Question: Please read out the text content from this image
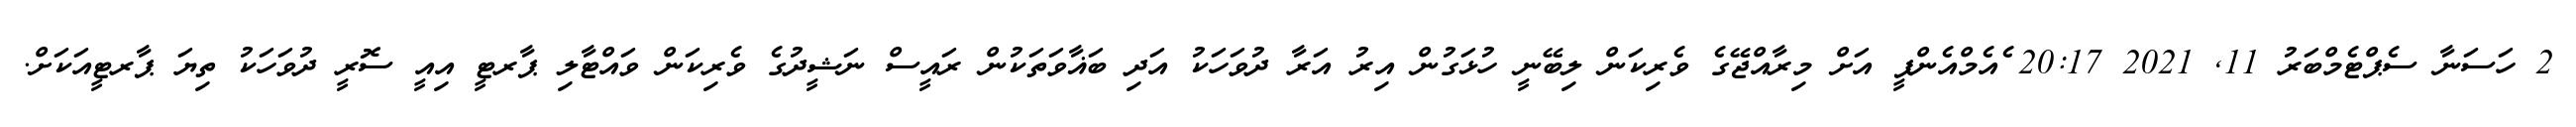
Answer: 2 ހަސަނާ ސެޕްޓެމްބަރު 11, 2021 20:17 ެއެމްއެންޕީ އަށް މިރާއްޖޭގެ ވެރިކަން ލިބޭނީ ހުޅަގުން އިރު އަރާ ދުވަހަކު އަދި ބަޣާވަތަކުން ރައީސް ނަޝީދުގެ ވެރިކަން ވައްޓާލި ޕާރޓީ އިއީ ސޮރީ ދުވަހަކު ތިޔަ ޕާރޓީއަކަށް.